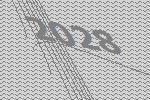
2028